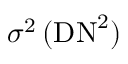
\sigma ^ { 2 } \, ( \mathrm { D N } ^ { 2 } )